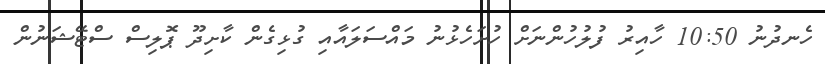
ހެނދުނު 10:50 ހާއިރު ފުލުހުންނަށް ހުށަހެޅުނު މައްސަލައާއި ގުޅިގެން ކާށިދޫ ޕޮލިސް ސްޓޭޝަނުން